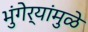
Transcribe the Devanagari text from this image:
भुंगेर्‍यांमुळे